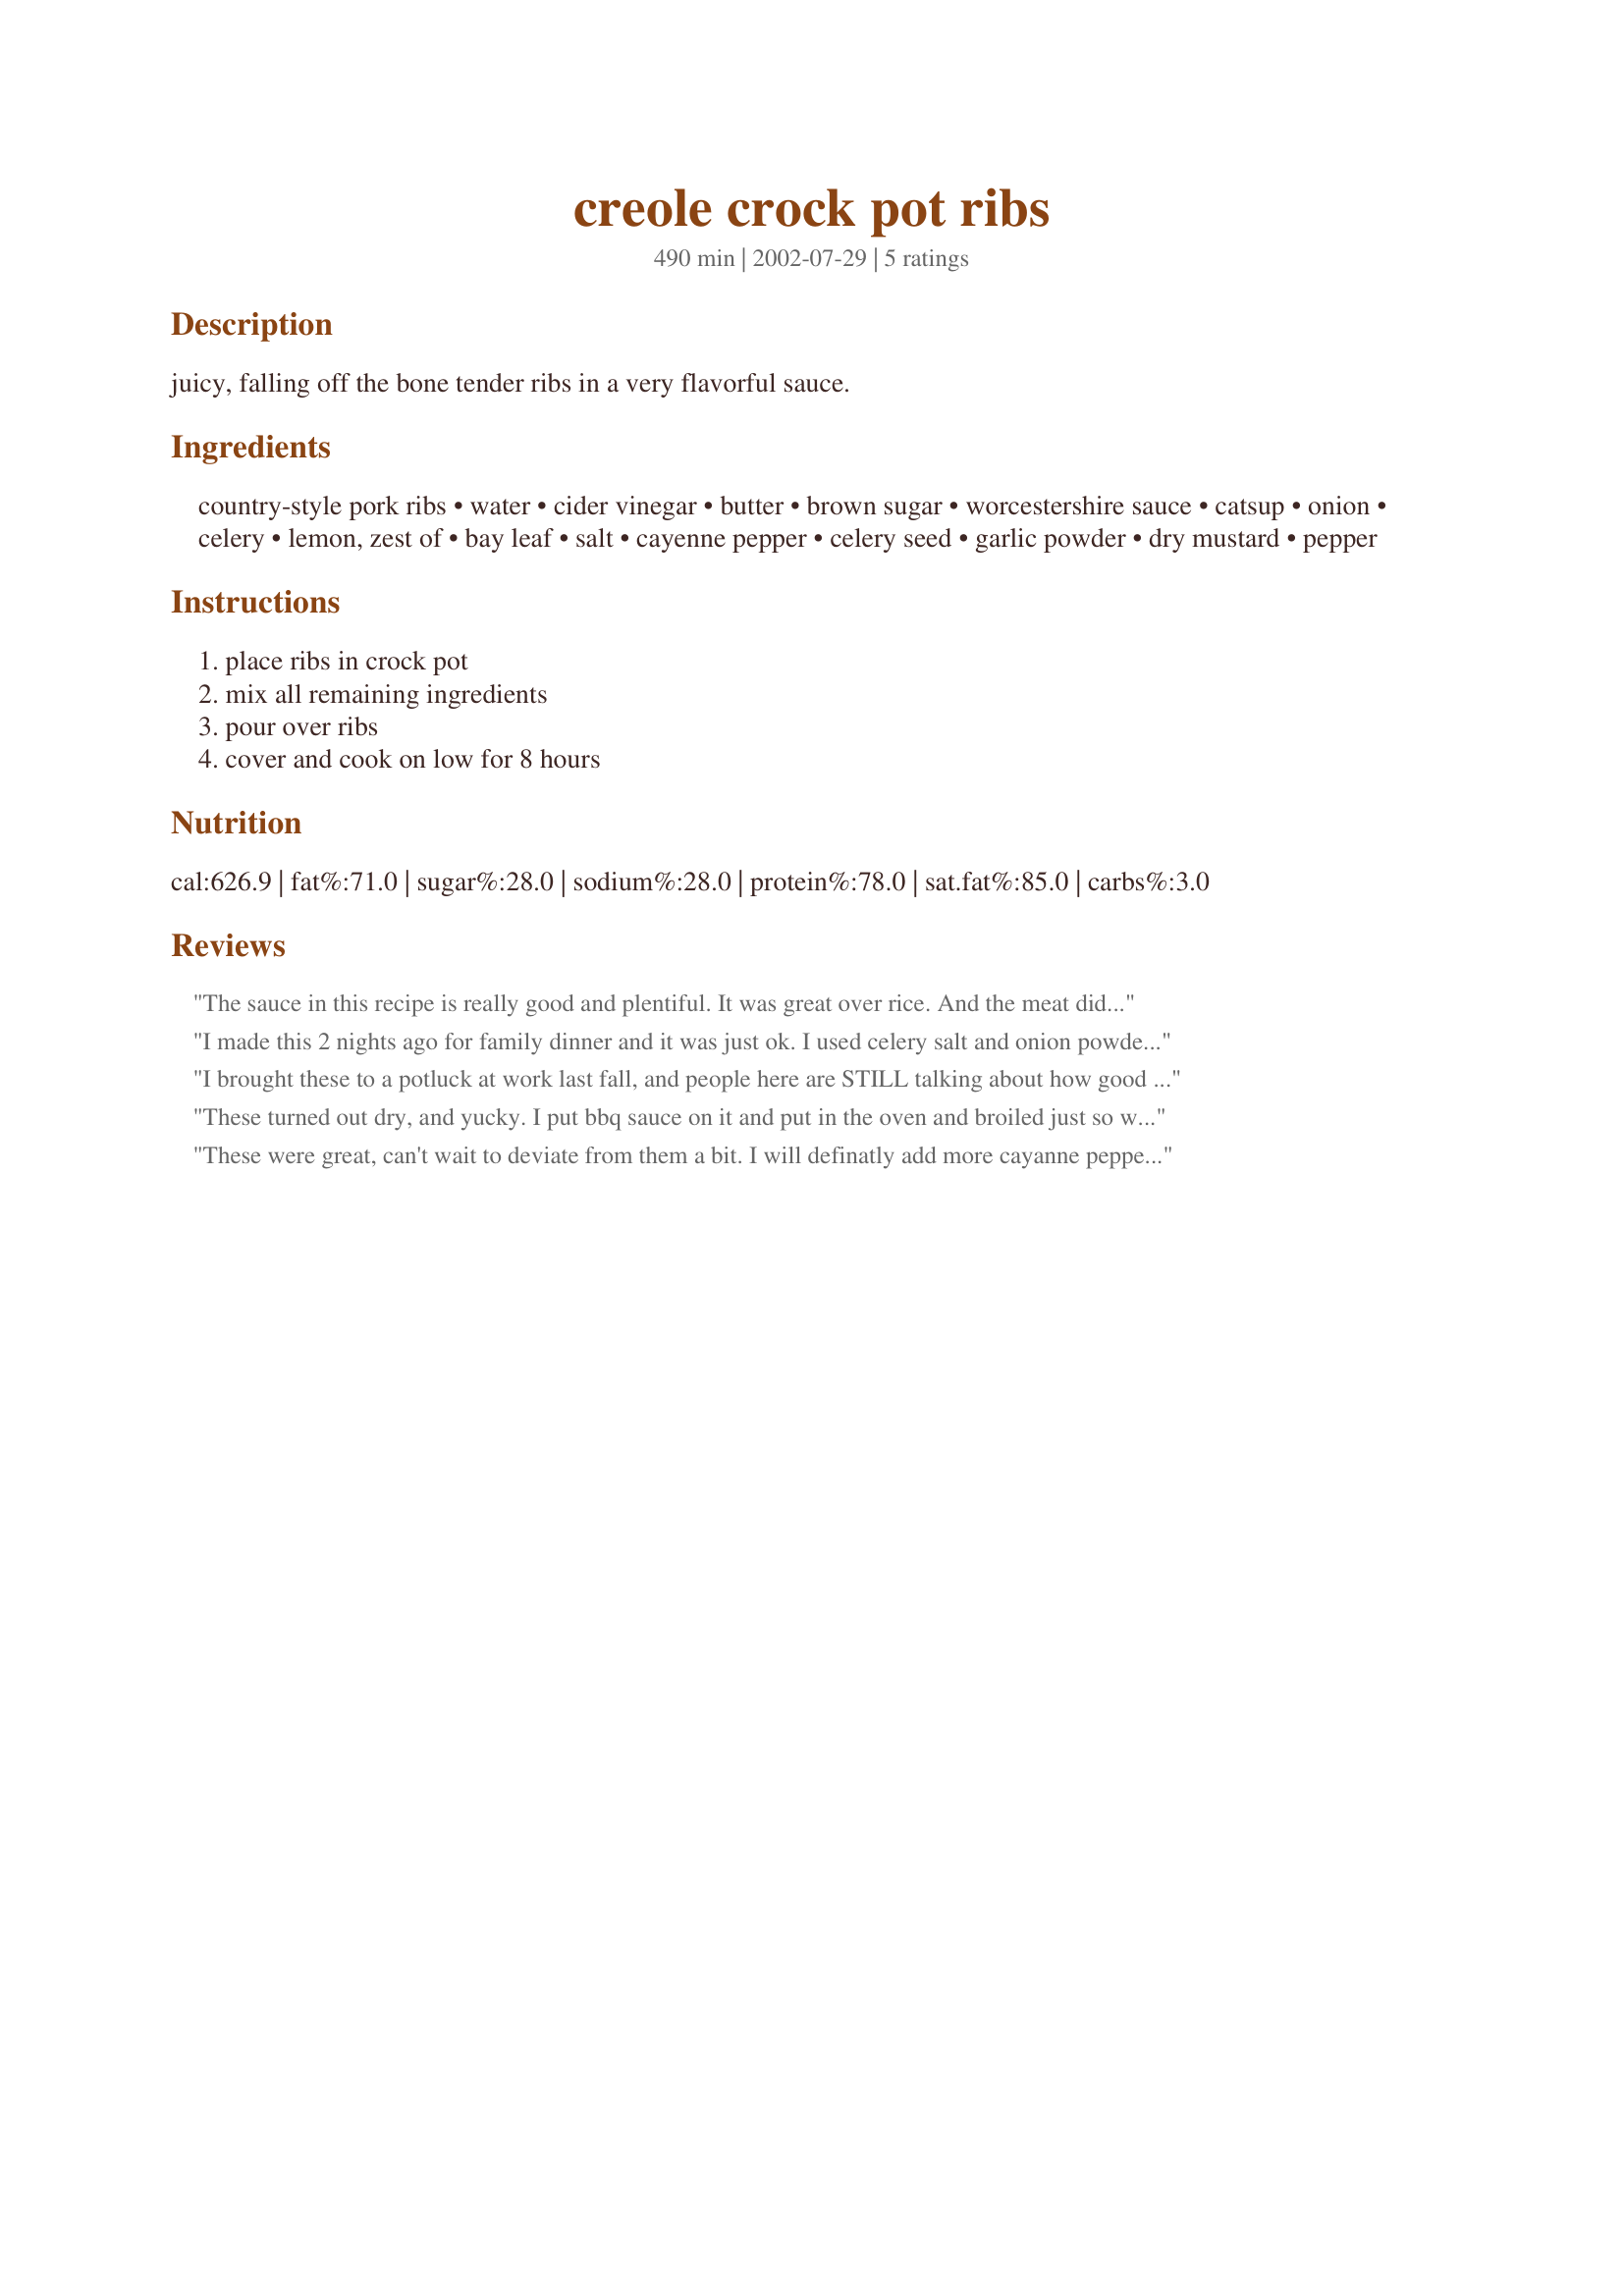
creole crock pot ribs
Preparation time: 490 minutes

juicy, falling off the bone tender ribs in a very flavorful sauce.

Ingredients:
country-style pork ribs, water, cider vinegar, butter, brown sugar, worcestershire sauce, catsup, onion, celery, lemon, zest of, bay leaf, salt, cayenne pepper, celery seed, garlic powder, dry mustard, pepper

Steps:
place ribs in crock pot, mix all remaining ingredients, pour over ribs, cover and cook on low for 8 hours

Reviews:
The sauce in this recipe is really good and plentiful. It was great over rice. And the meat did fall off the bone!! I added a little fish sauce as well. Nice easy and good recipe. Thanks again Inez.
I made this 2 nights ago for family dinner and it was just ok. I used celery salt and onion powder in place of the onions, celery stalks and regular salt. I followed the crockpot setting and time as stated, but as I stirred the ribs just before sitting down to dinner, they completely fell apart and it turned out more to be a pulled pork soup. I had made mashed potatoes as the side so we were able to put the pork in the middle of a potato well. Otherwise it would have been all over the plate. The taste was just ok as wll. Thank you for the recipe, but I think I"ll stick to the old standby of onion and bottle of bbq sauce.
I brought these to a potluck at work last fall, and people here are STILL talking about how good they were. I used boneless ribs, but otherwise followed the recipe.
These turned out dry, and yucky. I put bbq sauce on it and put in the oven and broiled just so we could eat'em.
These were great, can't wait to deviate from them a bit. I will definatly add more cayanne pepper. I served these over Rice and they were a hit.
